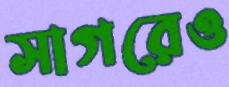
সাগরেও